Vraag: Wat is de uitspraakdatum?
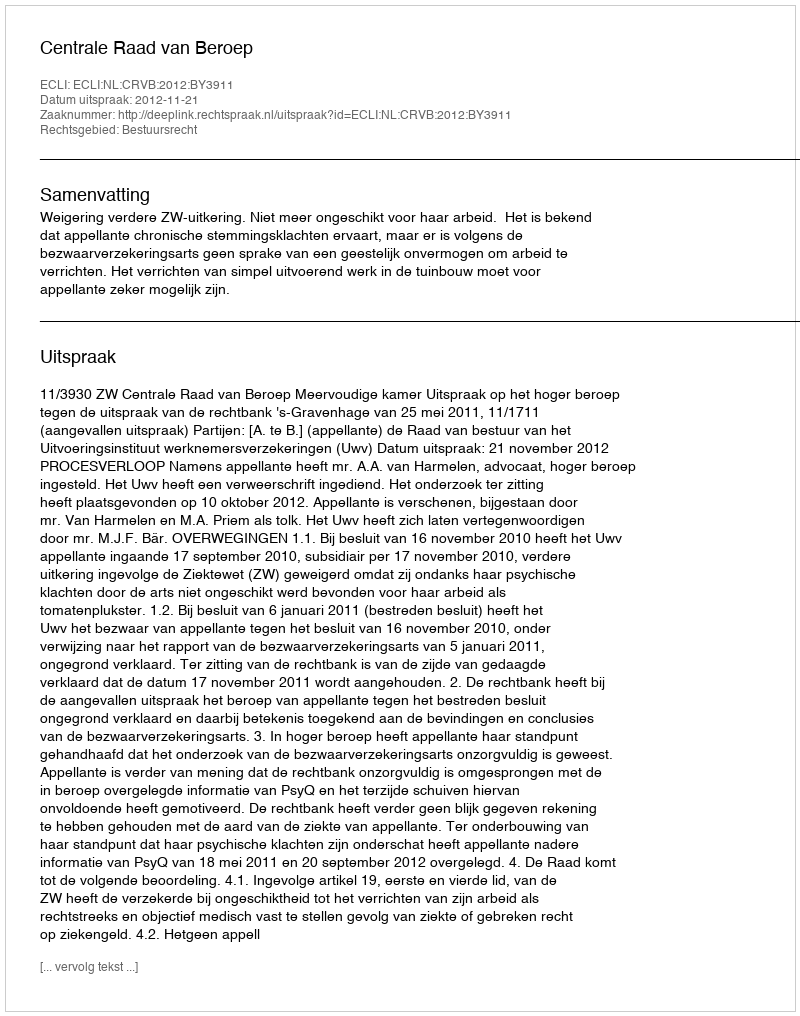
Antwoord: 2012-11-21